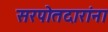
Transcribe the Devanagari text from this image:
सरपोतदारांना